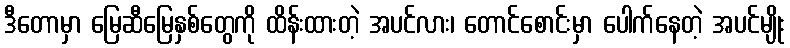
ဒီတောမှာ မြေဆီမြေနှစ်တွေကို ထိန်းထားတဲ့ အပင်လား၊ တောင်စောင်းမှာ ပေါက်နေတဲ့ အပင်မျိုး